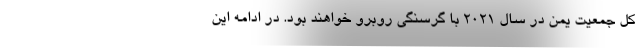
کل جمعیت یمن در سال ۲۰۲۱ با گرسنگی روبرو خواهند بود. در ادامه این